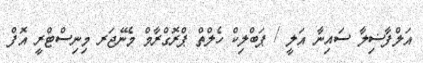
އަލްފާޟިލާ ސައިނާ އަލީ / ޕަބްލިކް ހެލްތް ޕްރޮގްރާމް މެނޭޖަރ މިނިސްޓްރީ އޮފް